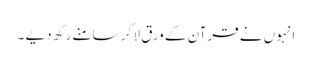
انہوں نے قرآن کے ورق لا کر سامنے رکھ دیے ۔